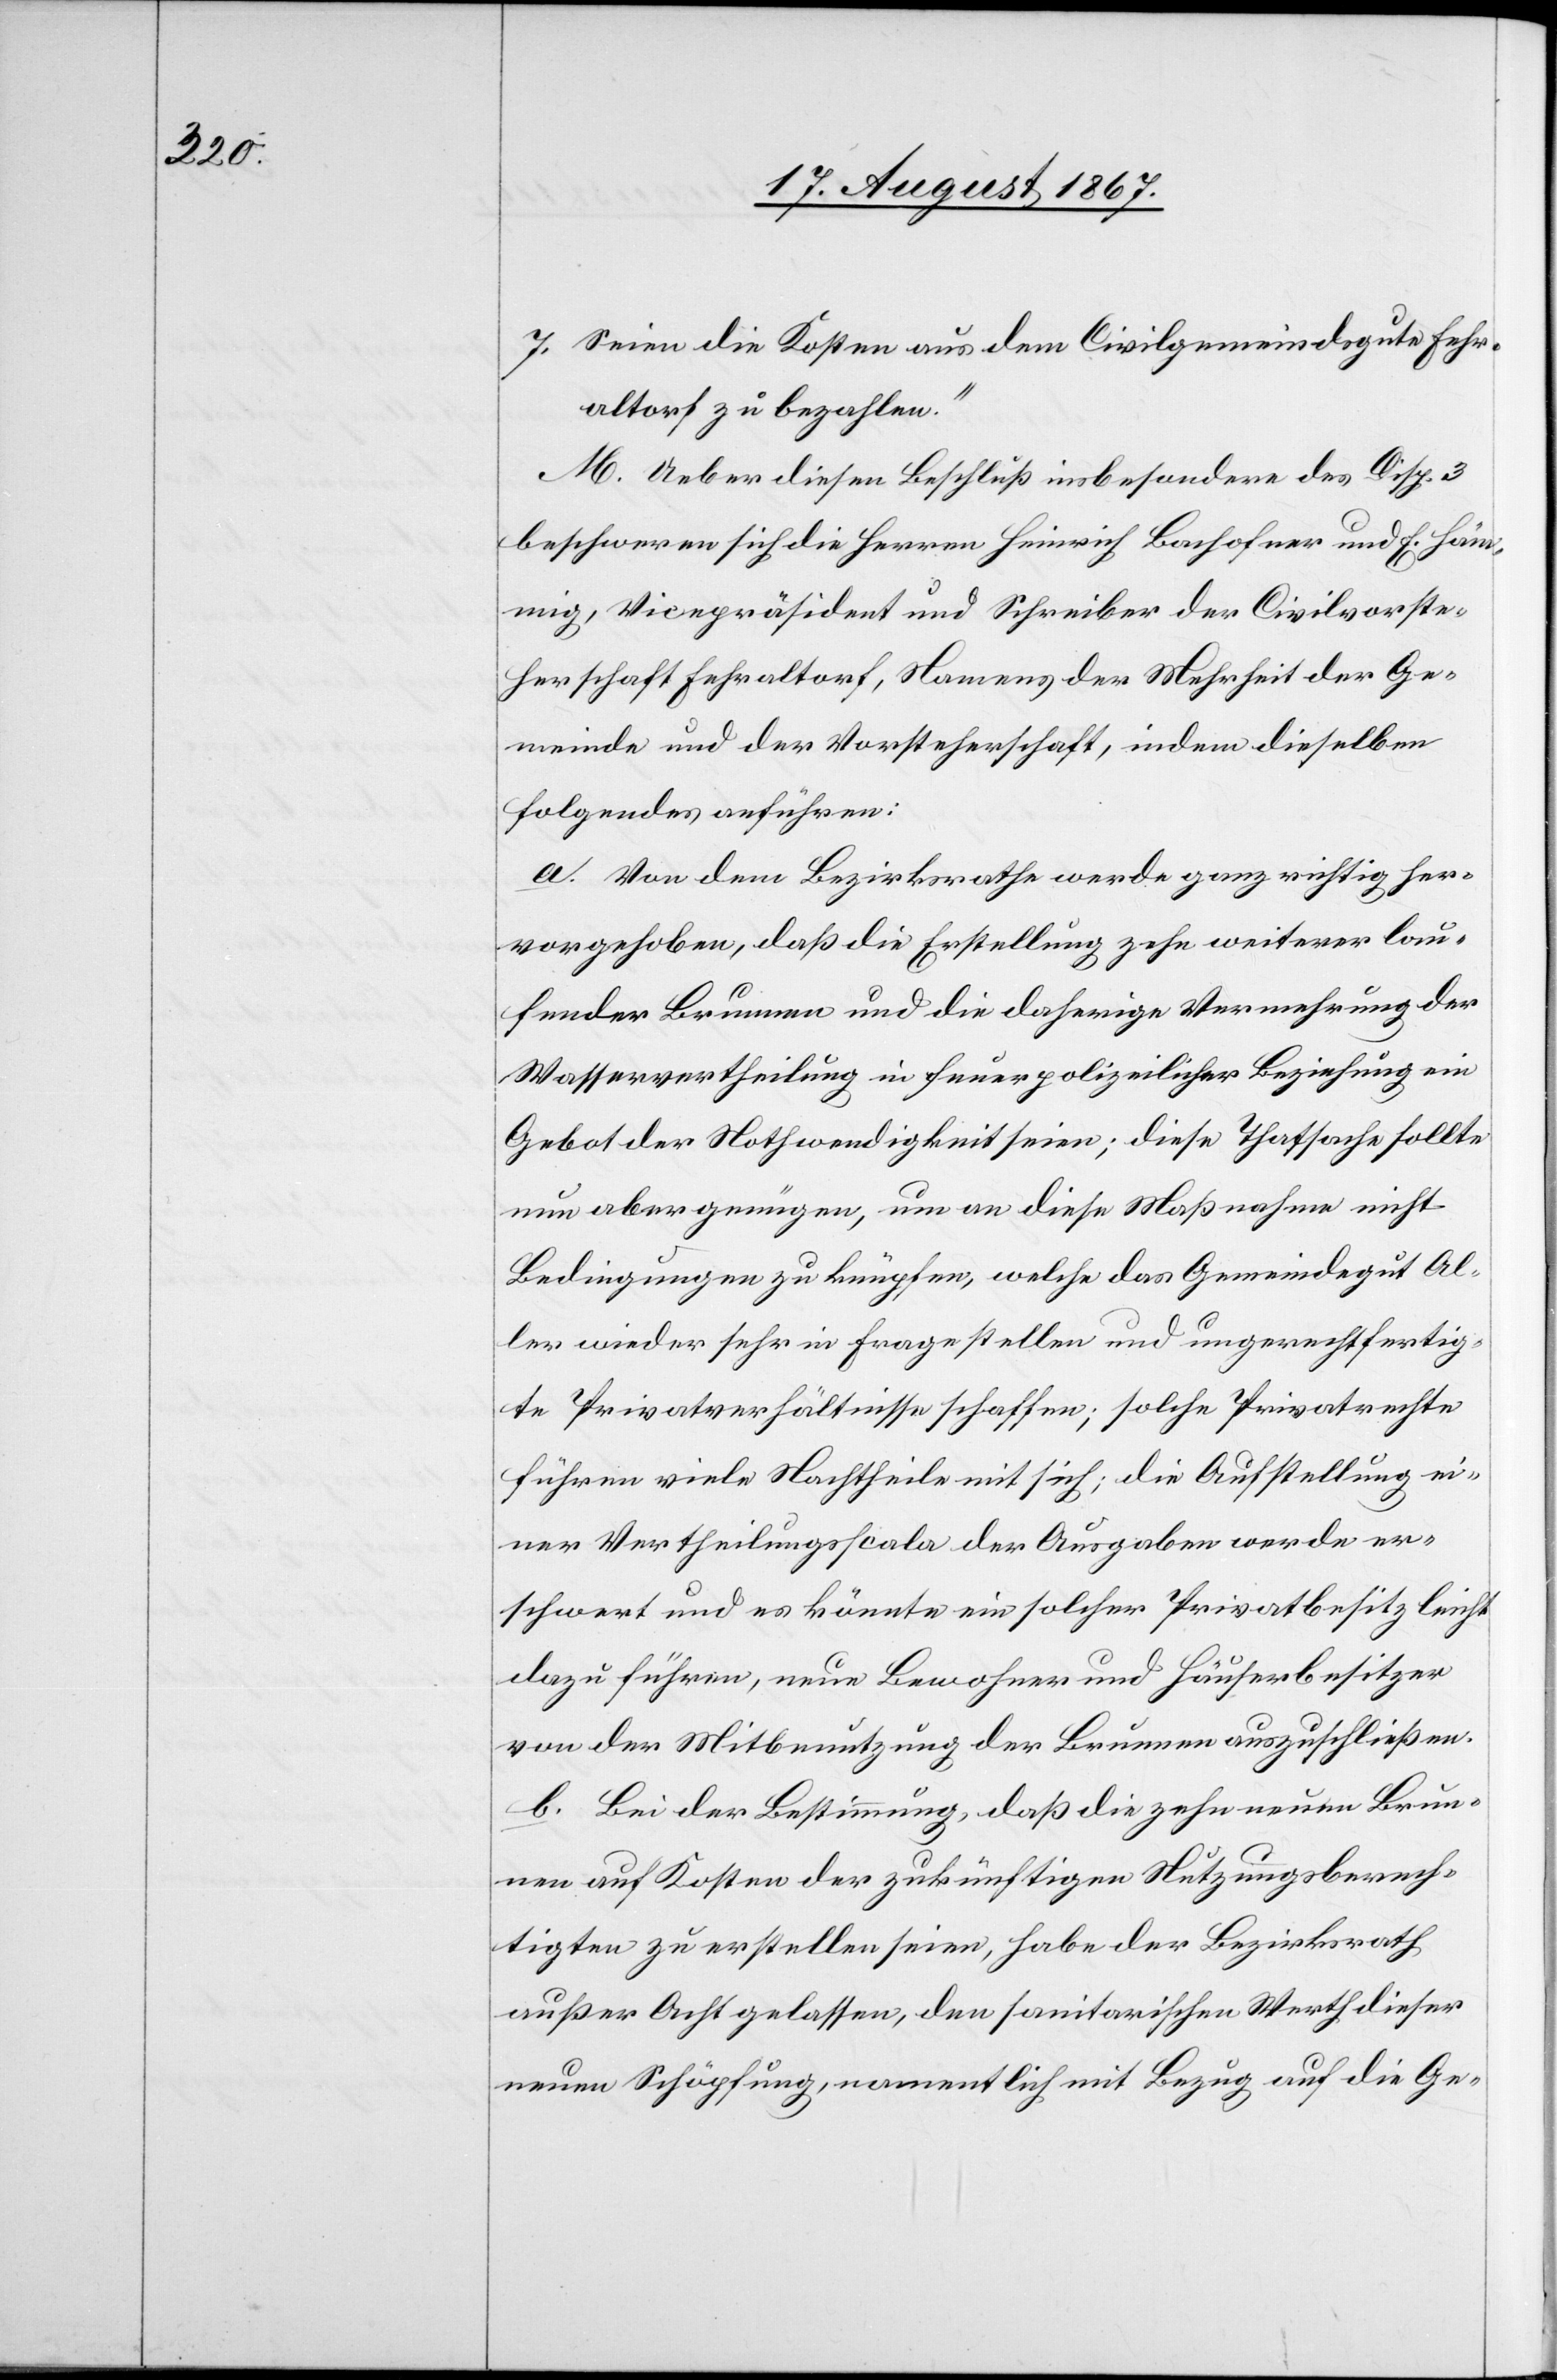
7. Seien die Kosten aus dem Civilgemeindsgute Fehr¬
altorf zu bezahlen.“
M. Ueber diesen Beschluß insbesondere des Disp. 3
beschweren sich die Herren Heinrich Bachofner und E. Häm¬
mig, Vicepräsidenten und Schreiber der Civilvorste¬
herschaft Fehraltorf, Namens der Mehrheit der Ge¬
meinde und der Vorsteherschaft, indem dieselben
folgendes anführen:
a. Von dem Bezirksrathe werde ganz richtig her¬
vorgehoben, daß die Erstellung zehn weiterer lau¬
fender Brunnen und die daherige Vermehrung der
Wasservertheilung in feuerpolizeilicher Beziehung ein
Gebot der Nothwendigkeit seien; diese Thatsache sollte
nun aber genügen, um an diese Maßnahmen nicht
Bedingungen zu knüpfen, welche das Gemeindegut Al¬
ler wieder sehr in Frage stellen und ungerechtfertig¬
te Privatverhältnisse schaffen; solche Privatrechte
führen viele Nachtheile mit sich; die Aufstellung ei¬
ner Vertheilungsscala der Ausgaben werde er¬
schwert und es könnte ein solcher Privatbesitz bleich
dazu führen, neue Bewohner und Häuserbesitzer
von der Mitbenutzung der Brunnen auszuschließen.
b. Bei der Bestimmung, daß die zehn neuen Brun¬
nen auf Kosten der zukünftigen Nutzungsberech¬
tigten zu erstellen seien, habe der Bezirksrath
außer Acht gelassen, den sanitarischen Werth dieser
neuen Schöpfung, namentlich mit Bezug auf die Ge-